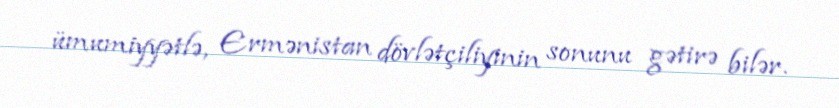
ümumiyyətlə, Ermənistan dövlətçiliyinin sonunu gətirə bilər.